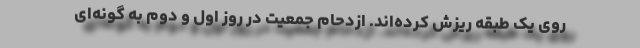
روی یک طبقه ریزش کرده‌اند. ازدحام جمعیت در روز اول و دوم به گونه‌ای